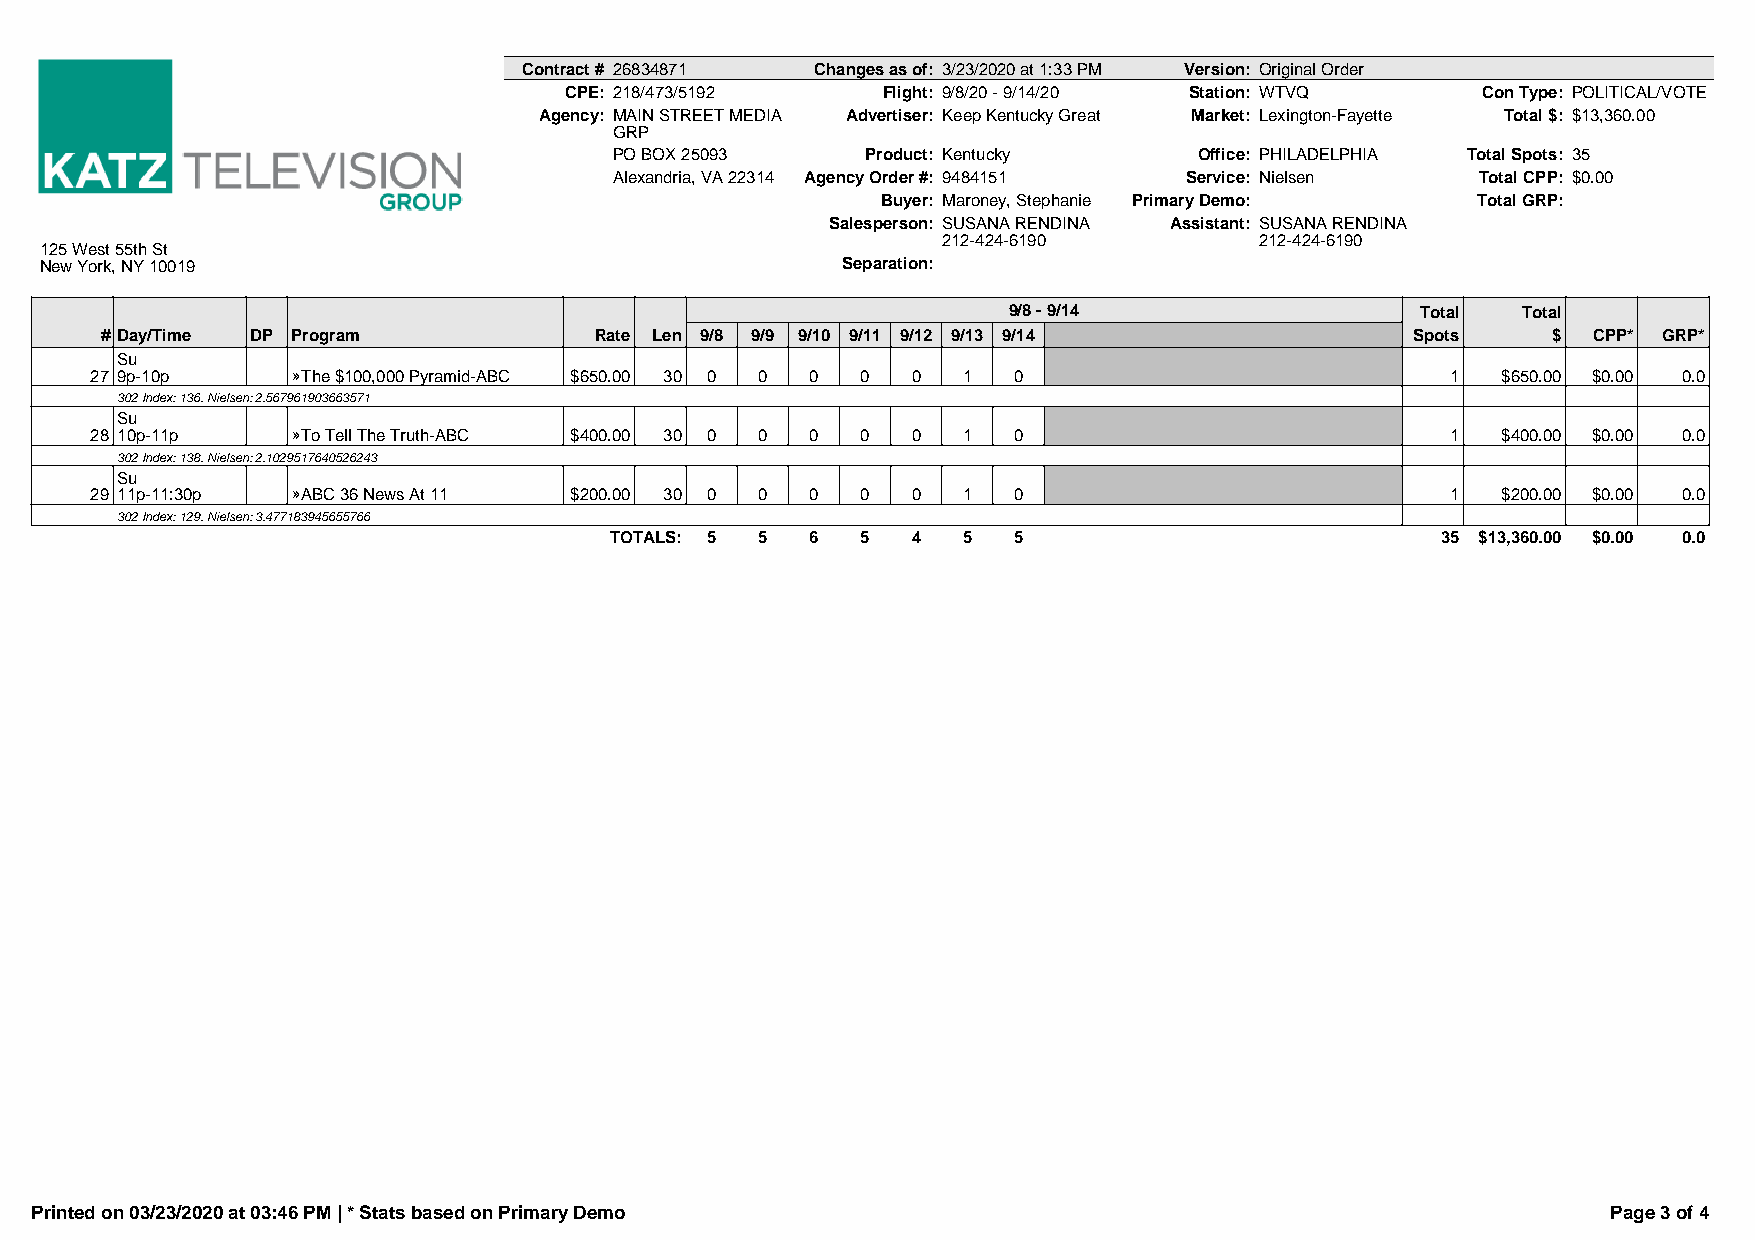
Contract # 26834871 Changes as of: 3/23/2020 at 1:33 PM Version: Original Order
 CPE: 218/473/5192    Flight: 9/8/20 - 9/14/20 Station: WTVQ  Con Type: POLITICAL/VOTE
 Agency: MAIN STREET MEDIA Advertiser: Keep Kentucky Great Market: Lexington-Fayette Total $: $13,360.00
 GRP
 PO BOX 25093    Product: Kentucky     Office: PHILADELPHIA Total Spots: 35
 Alexandria, VA 22314 Agency Order #: 9484151 Service: Nielsen Total CPP: $0.00
 Buyer: Maroney, Stephanie Primary Demo: Total GRP:
 Salesperson: SUSANA RENDINA Assistant: SUSANA RENDINA
 212-424-6190         212-424-6190
 125 West 55th St
 New York, NY 10019                                   Separation:
 9/8 - 9/14                 Total  Total
 # Day/Time DP Program           Rate Len 9/8 9/9 9/10 9/11 9/12 9/13 9/14              Spots    $ CPP* GRP*
 Su
 27 9p-10p    »The $100,000 Pyramid-ABC $650.00 30 0 0 0 0 0 1 0                           1  $650.00 $0.00 0.0
 302 Index: 136. Nielsen: 2.567961903663571
 Su
 28 10p-11p   »To Tell The Truth-ABC $400.00 30 0 0 0 0 0  1  0                            1  $400.00 $0.00 0.0
 302 Index: 138. Nielsen: 2.1029517640526243
 Su
 29 11p-11:30p »ABC 36 News At 11 $200.00 30 0 0 0  0  0   1  0                            1  $200.00 $0.00 0.0
 302 Index: 129. Nielsen: 3.477183945655766
 TOTALS: 5 5   6  5  4   5  5                           35 $13,360.00 $0.00 0.0
 Printed on 03/23/2020 at 03:46 PM | * Stats based on Primary Demo                                        Page 3 of 4